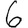
Digit: 6